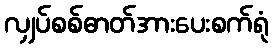
လျှပ်စစ်ဓာတ်အားပေးစက်ရုံ